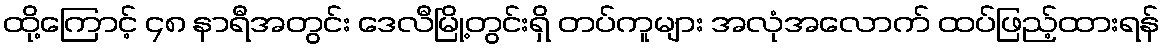
ထို့ကြောင့် ၄၈ နာရီအတွင်း ဒေလီမြို့တွင်းရှိ တပ်ကူများ အလုံအလောက် ထပ်ဖြည့်ထားရန်